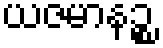
ယဇမာနဉ္စ